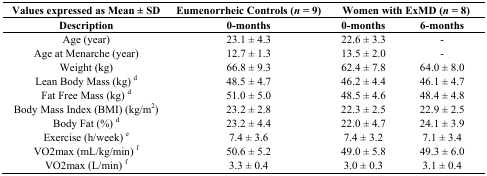
<table><thead><tr><td><b>Values expressed as Mean ± SD</b></td><td><b>Eumenorrheic Controls (<i>n</i> = 9)</b></td><td colspan="2"><b>Women with ExMD (<i>n</i> = 8)</b></td></tr><tr><td><b>Description</b></td><td><b>0-months</b></td><td><b>0-months</b></td><td><b>6-months</b></td></tr></thead><tbody><tr><td>Age (year)</td><td>23.1 ± 4.3</td><td>22.6 ± 3.3</td><td>-</td></tr><tr><td>Age at Menarche (year)</td><td>12.7 ± 1.3</td><td>13.5 ± 2.0</td><td>-</td></tr><tr><td>Weight (kg)</td><td>66.8 ± 9.3</td><td>62.4 ± 7.8</td><td>64.0 ± 8.0</td></tr><tr><td>Lean Body Mass (kg) <sup>d</sup></td><td>48.5 ± 4.7</td><td>46.2 ± 4.4</td><td>46.1 ± 4.7</td></tr><tr><td>Fat Free Mass (kg) <sup>d</sup></td><td>51.0 ± 5.0</td><td>48.5 ± 4.6</td><td>48.4 ± 4.8</td></tr><tr><td>Body Mass Index (BMI) (kg/m<sup>2</sup>)</td><td>23.2 ± 2.8</td><td>22.3 ± 2.5</td><td>22.9 ± 2.5</td></tr><tr><td>Body Fat (%) <sup>d</sup></td><td>23.2 ± 4.4</td><td>22.0 ± 4.7</td><td>24.1 ± 3.9</td></tr><tr><td>Exercise (h/week) <sup>e</sup></td><td>7.4 ± 3.6</td><td>7.4 ± 3.2</td><td>7.1 ± 3.4</td></tr><tr><td>VO2max (mL/kg/min) <sup>f</sup></td><td>50.6 ± 5.2</td><td>49.0 ± 5.8</td><td>49.3 ± 6.0</td></tr><tr><td>VO2max (L/min) <sup>f</sup></td><td>3.3 ± 0.4</td><td>3.0 ± 0.3</td><td>3.1 ± 0.4</td></tr></tbody></table>